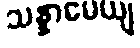
သန္နာမေယျ